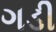
ગડી